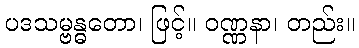
ပဒသမ္ဗန္ဓတော၊ ဖြင့်။ ဝဏ္ဏနာ၊ တည်း။